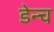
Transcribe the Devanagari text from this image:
डेन्च